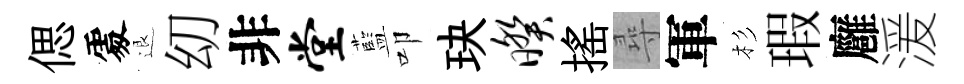
偲𠁅退㓜非堂藍叩玦暌搖尋軍杉瑕廱湲